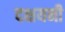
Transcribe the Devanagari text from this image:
दक्षयनी